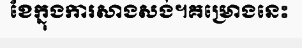
ខែក្នុងការសាងសង់។គម្រោងនេះ